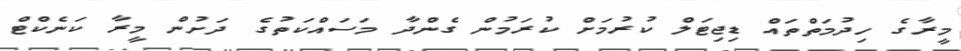
މީރާގެ ހިދުމަތްތައް ޑިޖިޓަލް ކުރުމަށް ކުރަމުން ގެންދާ މަސައްކަތުގެ ދަށުން މީރާ ކަނެކްޓް